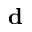
\mathbf { d }